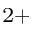
^ { 2 + }